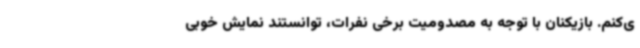
ی‌کنم. بازیکنان با توجه به مصدومیت برخی نفرات، توانستند نمایش خوبی